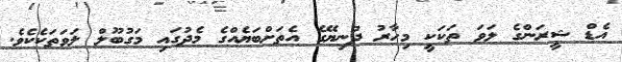
އެޑް ޝީރަންގެ ލަވަ ތަކަކީ މިހާރު ދުނިޔޭގެ އެތަށްބަޔެއްގެ މެދުގައި މަގުބޫލް ލަވަތަކެކެވެ.